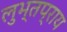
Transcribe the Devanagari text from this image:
लुभ्तप्राय